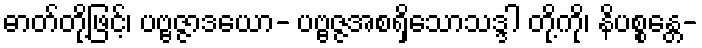
ဓာတ်တို့ဖြင့်၊ ပဗ္ဗဇ္ဇာဒယော- ပဗ္ဗဇ္ဇအစရှိသောသဒ္ဒါ တို့ကို၊ နိပစ္စန္တေ-